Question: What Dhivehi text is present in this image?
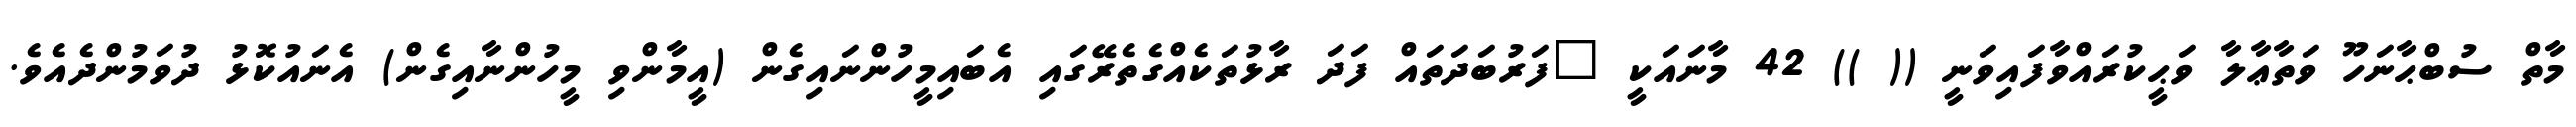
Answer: މާތް ސުބްޙާނަހޫ ވަތާޢާލާ ވަޙީކުރައްވާފައިވަނީ (( )) 42 މާނައަކީ "ފަރުބަދަތައް ފަދަ ރާޅުތަކެއްގެތެރޭގައި އެބައިމީހުންނައިގެން (އީމާންވި މީހުންނާއިގެން) އެނައުކޮޅު ދުވަމުންދެއެވެ.